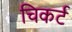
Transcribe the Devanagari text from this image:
चिकर्ट